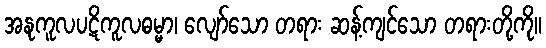
အနုကူလပဋိကူလဓမ္မာ၊ လျော်သော တရား ဆန့်ကျင်သော တရားတို့ကို။